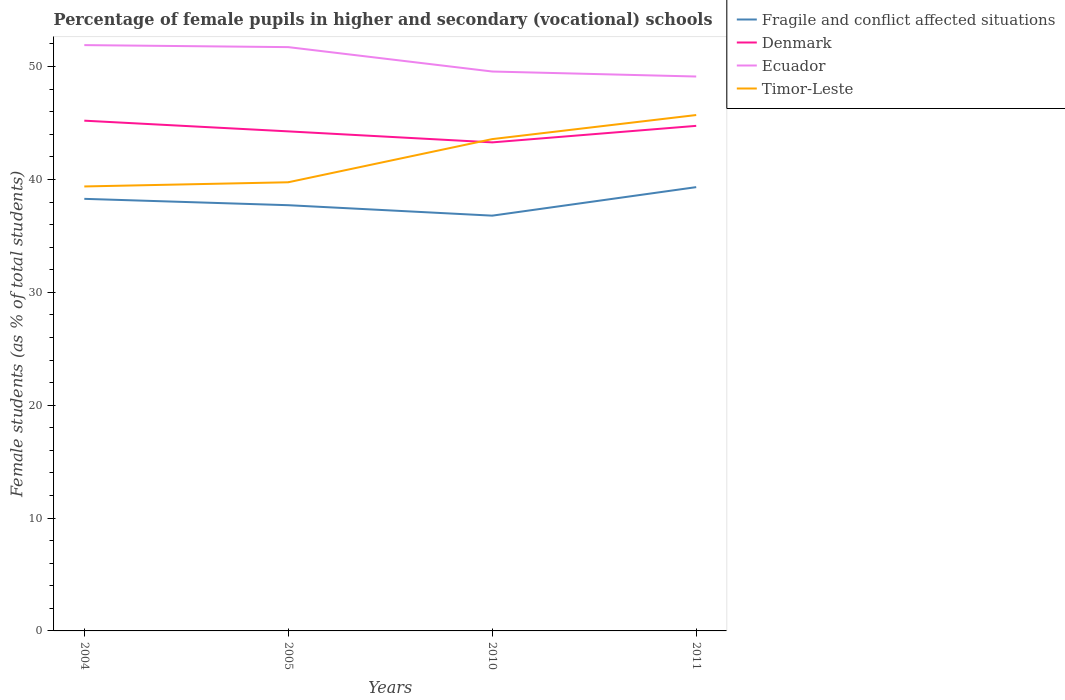
| Years | Fragile and conflict affected situations | Denmark | Ecuador | Timor-Leste |
 | --- | --- | --- | --- | --- |
 | 2004 | 38.3 | 45.2 | 51.9 | 39.4 |
 | 2005 | 37.7 | 44.3 | 51.7 | 39.8 |
 | 2010 | 36.8 | 43.3 | 49.6 | 43.6 |
 | 2011 | 39.3 | 44.7 | 49.1 | 45.7 |